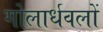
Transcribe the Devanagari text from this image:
गोलार्धवलों